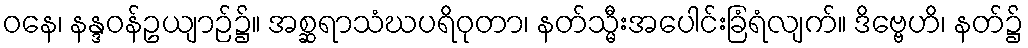
ဝနေ၊ နန္ဒဝန်ဥယျာဉ်၌။ အစ္ဆရာသံဃပရိဝုတာ၊ နတ်သ္မီးအပေါင်းခြံရံလျက်။ ဒိဗ္ဗေဟိ၊ နတ်၌